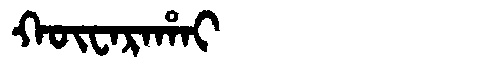
Manchu: ᡴᡡᠸᠠᡵᠠᡥᠠᡳ
Romanization: KŪWARAHAI